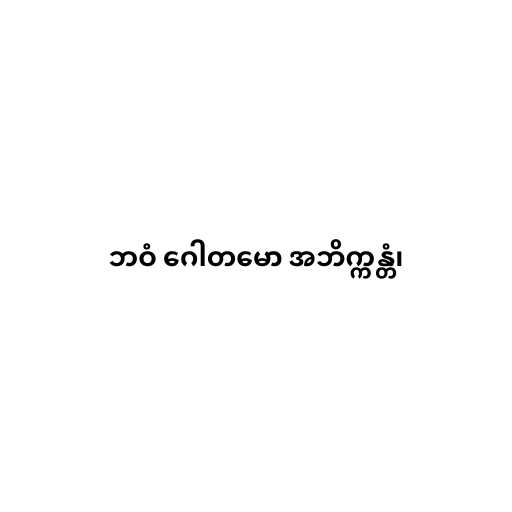
ဘဝံ ဂေါတမော အဘိက္ကန္တံ၊